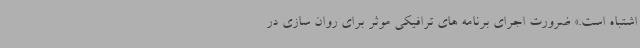
اشتباه است.» ضرورت اجرای برنامه های ترافیکی موثر برای روان سازی در